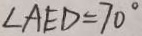
\angle A E D = 7 0 ^ { \circ }